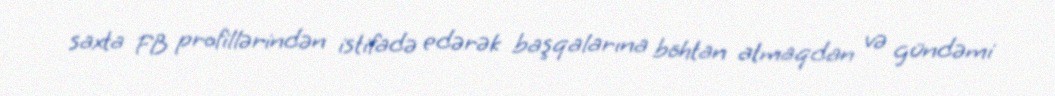
saxta FB profillərindən istifadə edərək başqalarına böhtan atmaqdan və gündəmi